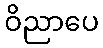
ဝိညာပေ